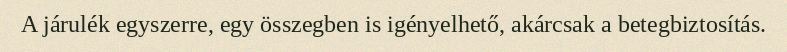
A járulék egyszerre, egy összegben is igényelhető, akárcsak a betegbiztosítás.